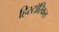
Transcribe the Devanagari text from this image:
हिस्टाॅरिकल